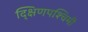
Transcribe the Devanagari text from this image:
द्क्षिणपश्चिमी